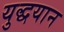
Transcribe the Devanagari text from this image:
युद्धयान